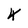
Character: K